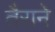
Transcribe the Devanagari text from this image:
तैराने